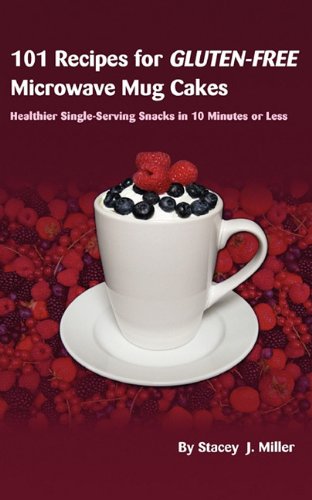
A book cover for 101 Recipes for Gluten-Free Microwave Mug Cakes: Healthier Single-Serving Snacks in Less Than 10 Minutes; Stacey J. Miller; Cookbooks, Food & Wine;